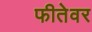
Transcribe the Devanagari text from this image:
फीतेवर